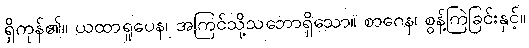
ရှိကုန်၏။ ယထာရူပေန၊ အကြင်သို့သဘောရှိသော။ စာဂေန၊ စွန့်ကြဲခြင်းနှင့်။